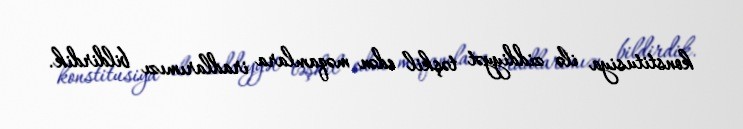
konstitusiya ilə ziddiyyət təşkil edən məqamlara iradlarımızı bildirdik.